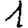
Digit: 1